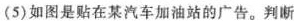
(5)如图是贴在某汽车加油站的广告。判断